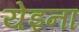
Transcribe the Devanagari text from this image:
येइना